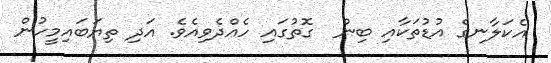
އެކަލާނގެ އުޑުތަކާއި ބިން  ގޮތުގައި ހެއްދެވިއެވެ. އަދި ތިޔަބައިމީހުން